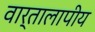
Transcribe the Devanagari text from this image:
वार्तालापीय